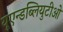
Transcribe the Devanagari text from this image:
यूएन्डब्लियुटीओ